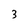
Character: 3